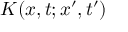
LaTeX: K ( x , t ; x ^ { \prime } , t ^ { \prime } )